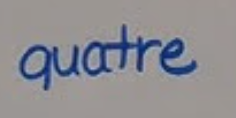
quatre